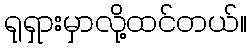
ရုရှားမှာလို့ထင်တယ်။